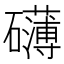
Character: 礴